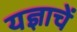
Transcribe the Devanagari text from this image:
यज्ञाचें